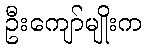
ဦးကျော်မျိုးက